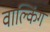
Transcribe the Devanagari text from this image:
वाल्किंग